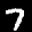
Label: 7